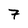
Character: 7